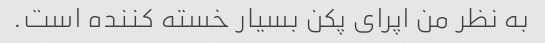
به نظر من اپرای پکن بسیار خسته کننده است.